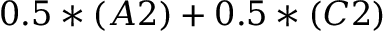
0 . 5 * ( A 2 ) + 0 . 5 * ( C 2 )